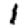
Digit: 1